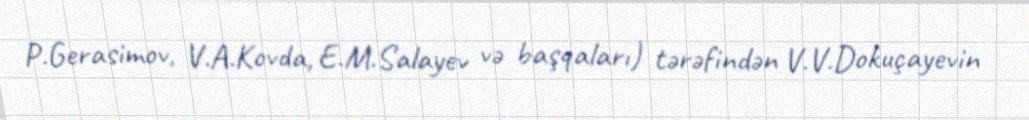
P.Gerasimov, V.A.Kovda, E.M.Salayev və başqaları) tərəfindən V.V.Dokuçayevin